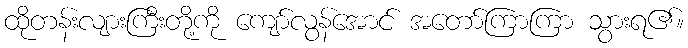
ထိုတန်းလျားကြီးတို့ကို ကျော်လွန်အောင် အတော်ကြာကြာ သွားရ၏။